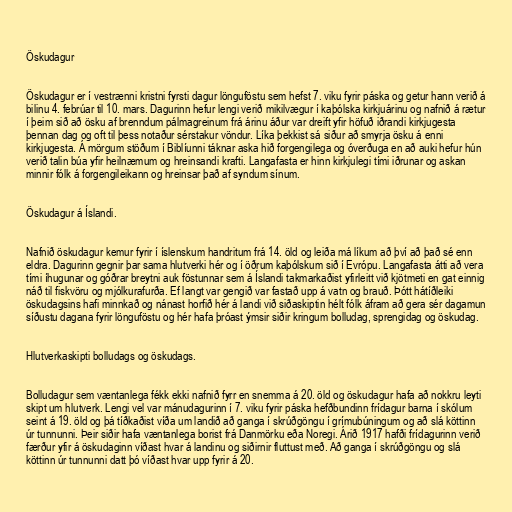
Öskudagur

Öskudagur er í vestrænni kristni fyrsti dagur lönguföstu sem hefst 7. viku fyrir páska og getur hann verið á
bilinu 4. febrúar til 10. mars. Dagurinn hefur lengi verið mikilvægur í kaþólska kirkjuárinu og nafnið á rætur
í þeim sið að ösku af brenndum pálmagreinum frá árinu áður var dreift yfir höfuð iðrandi kirkjugesta
þennan dag og oft til þess notaður sérstakur vöndur. Líka þekkist sá siður að smyrja ösku á enni
kirkjugesta. Á mörgum stöðum í Biblíunni táknar aska hið forgengilega og óverðuga en að auki hefur hún
verið talin búa yfir heilnæmum og hreinsandi krafti. Langafasta er hinn kirkjulegi tími iðrunar og askan
minnir fólk á forgengileikann og hreinsar það af syndum sínum.

Öskudagur á Íslandi.

Nafnið öskudagur kemur fyrir í íslenskum handritum frá 14. öld og leiða má líkum að því að það sé enn
eldra. Dagurinn gegnir þar sama hlutverki hér og í öðrum kaþólskum sið í Evrópu. Langafasta átti að vera
tími íhugunar og góðrar breytni auk föstunnar sem á Íslandi takmarkaðist yfirleitt við kjötmeti en gat einnig
náð til fiskvöru og mjólkurafurða. Ef langt var gengið var fastað upp á vatn og brauð. Þótt hátíðleiki
öskudagsins hafi minnkað og nánast horfið hér á landi við siðaskiptin hélt fólk áfram að gera sér dagamun
síðustu dagana fyrir lönguföstu og hér hafa þróast ýmsir siðir kringum bolludag, sprengidag og öskudag.

Hlutverkaskipti bolludags og öskudags.

Bolludagur sem væntanlega fékk ekki nafnið fyrr en snemma á 20. öld og öskudagur hafa að nokkru leyti
skipt um hlutverk. Lengi vel var mánudagurinn í 7. viku fyrir páska hefðbundinn frídagur barna í skólum
seint á 19. öld og þá tíðkaðist víða um landið að ganga í skrúðgöngu í grímubúningum og að slá köttinn
úr tunnunni. Þeir siðir hafa væntanlega borist frá Danmörku eða Noregi. Árið 1917 hafði frídagurinn verið
færður yfir á öskudaginn víðast hvar á landinu og siðirnir fluttust með. Að ganga í skrúðgöngu og slá
köttinn úr tunnunni datt þó víðast hvar upp fyrir á 20.